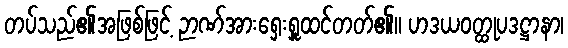
တပ်သည်၏အဖြစ်ဖြင့် ဉာဏ်အားရှေးရှူထင်တတ်၏။ ဟဒယဝတ္ထုပဒဋ္ဌာနာ၊